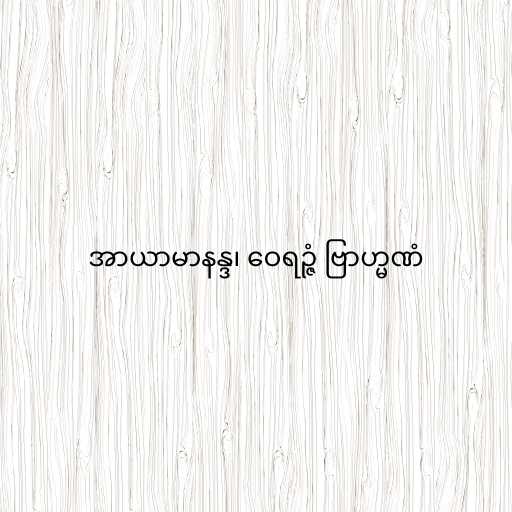
အာယာမာနန္ဒ၊ ဝေရဉ္ဇံ ဗြာဟ္မဏံ